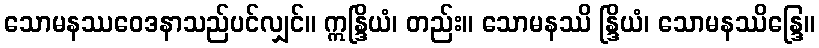
သောမနဿဝေဒနာသည်ပင်လျှင်။ ဣန္ဒြိယံ၊ တည်း။ သောမနဿိ န္ဒြိယံ၊ သောမနဿိန္ဒြေ။